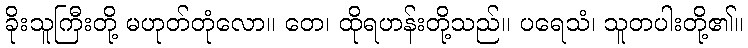
ခိုးသူကြီးတို့ မဟုတ်တုံလော။ တေ၊ ထိုရဟန်းတို့သည်။ ပရေသံ၊ သူတပါးတို့၏။